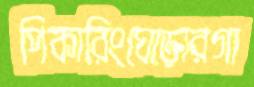
পিকারিংঘোড়ারগা